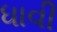
ધાવી